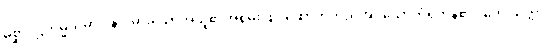
မိစ္ဆာဒိဋ္ဌိကမ္မသမာဒါနာ၊ မှားသောအယူ၏အစွမ်းဖြင့် ဆောက်တည်အပ်သောကံရှိကုန်၏။ တေ သတ္တာ၊